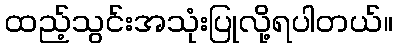
ထည့်သွင်းအသုံးပြုလို့ရပါတယ်။